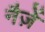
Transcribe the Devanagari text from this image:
नैज़ें